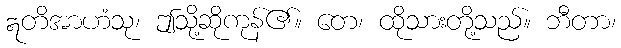
ဣတိအာဟံသု၊ ဤသို့ဆိုကုန်၏။ တေ၊ ထိုသားတို့သည်။ ဘီတာ၊